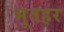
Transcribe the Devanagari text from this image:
भूतहर